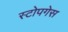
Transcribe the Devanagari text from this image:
स्टोपगेस